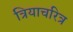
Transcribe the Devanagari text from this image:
त्रियाचरित्र